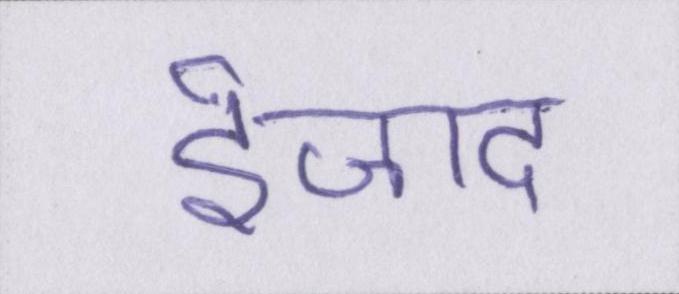
ईजाद